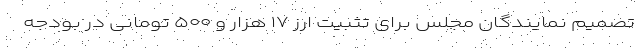
تصمیم نمایندگان مجلس برای تثبیت ارز ۱۷ هزار و ۵۰۰ تومانی در بودجه